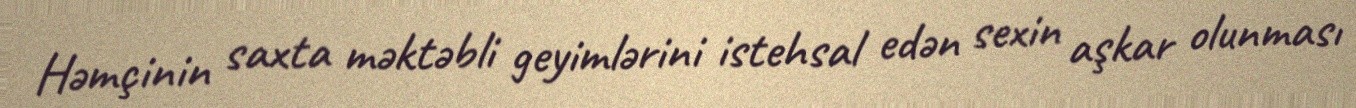
Həmçinin saxta məktəbli geyimlərini istehsal edən sexin aşkar olunması